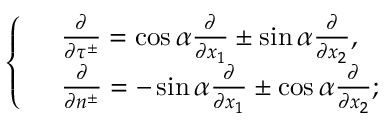
\left\{ \begin{array} { r l } & { \frac { \partial } { \partial \tau ^ { \pm } } = \cos \alpha \frac { \partial } { \partial x _ { 1 } } \pm \sin \alpha \frac { \partial } { \partial x _ { 2 } } , } \\ & { \frac { \partial } { \partial n ^ { \pm } } = - \sin \alpha \frac { \partial } { \partial x _ { 1 } } \pm \cos \alpha \frac { \partial } { \partial x _ { 2 } } ; } \end{array} \right.